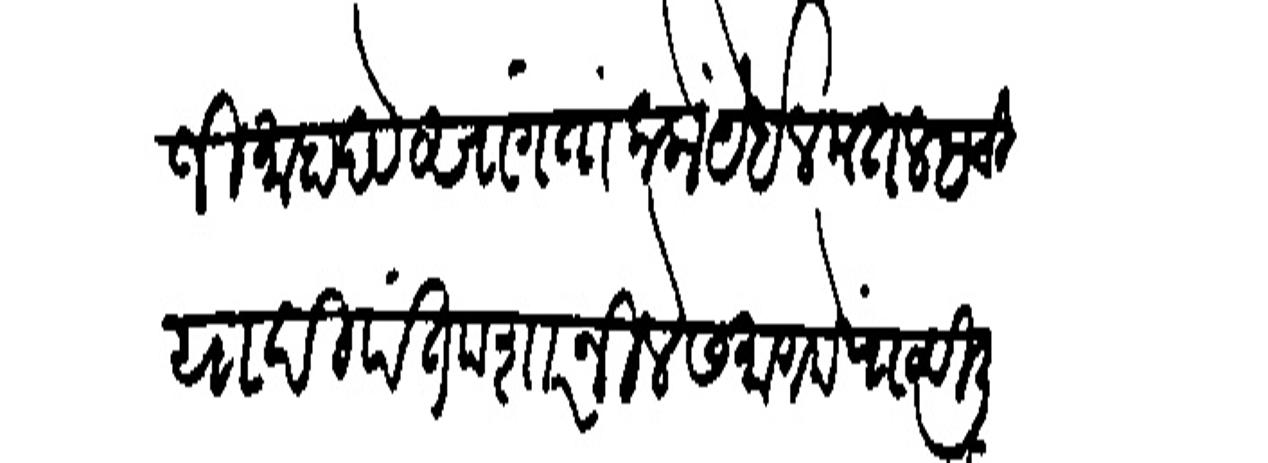
Transliteration (Devanagari): जी माहादेव सांगतां कलों पेईल मतलबची यादी पंत मशारनिलेसमागमें पाठविलो